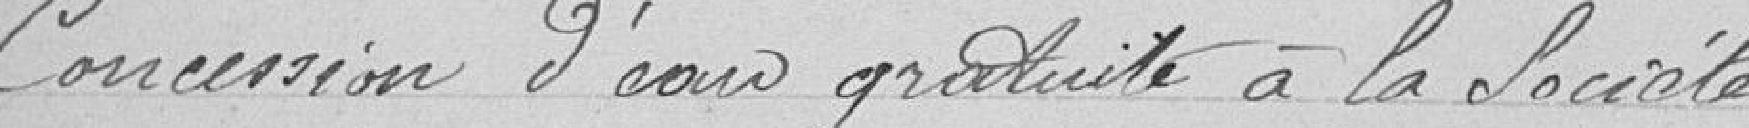
Concession d'eau gratuite à la société